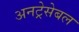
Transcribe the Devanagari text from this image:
अनट्रेसेबल